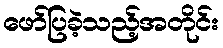
ဖော်ပြခဲ့သည့်အတိုင်း